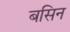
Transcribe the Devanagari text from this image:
बसिन